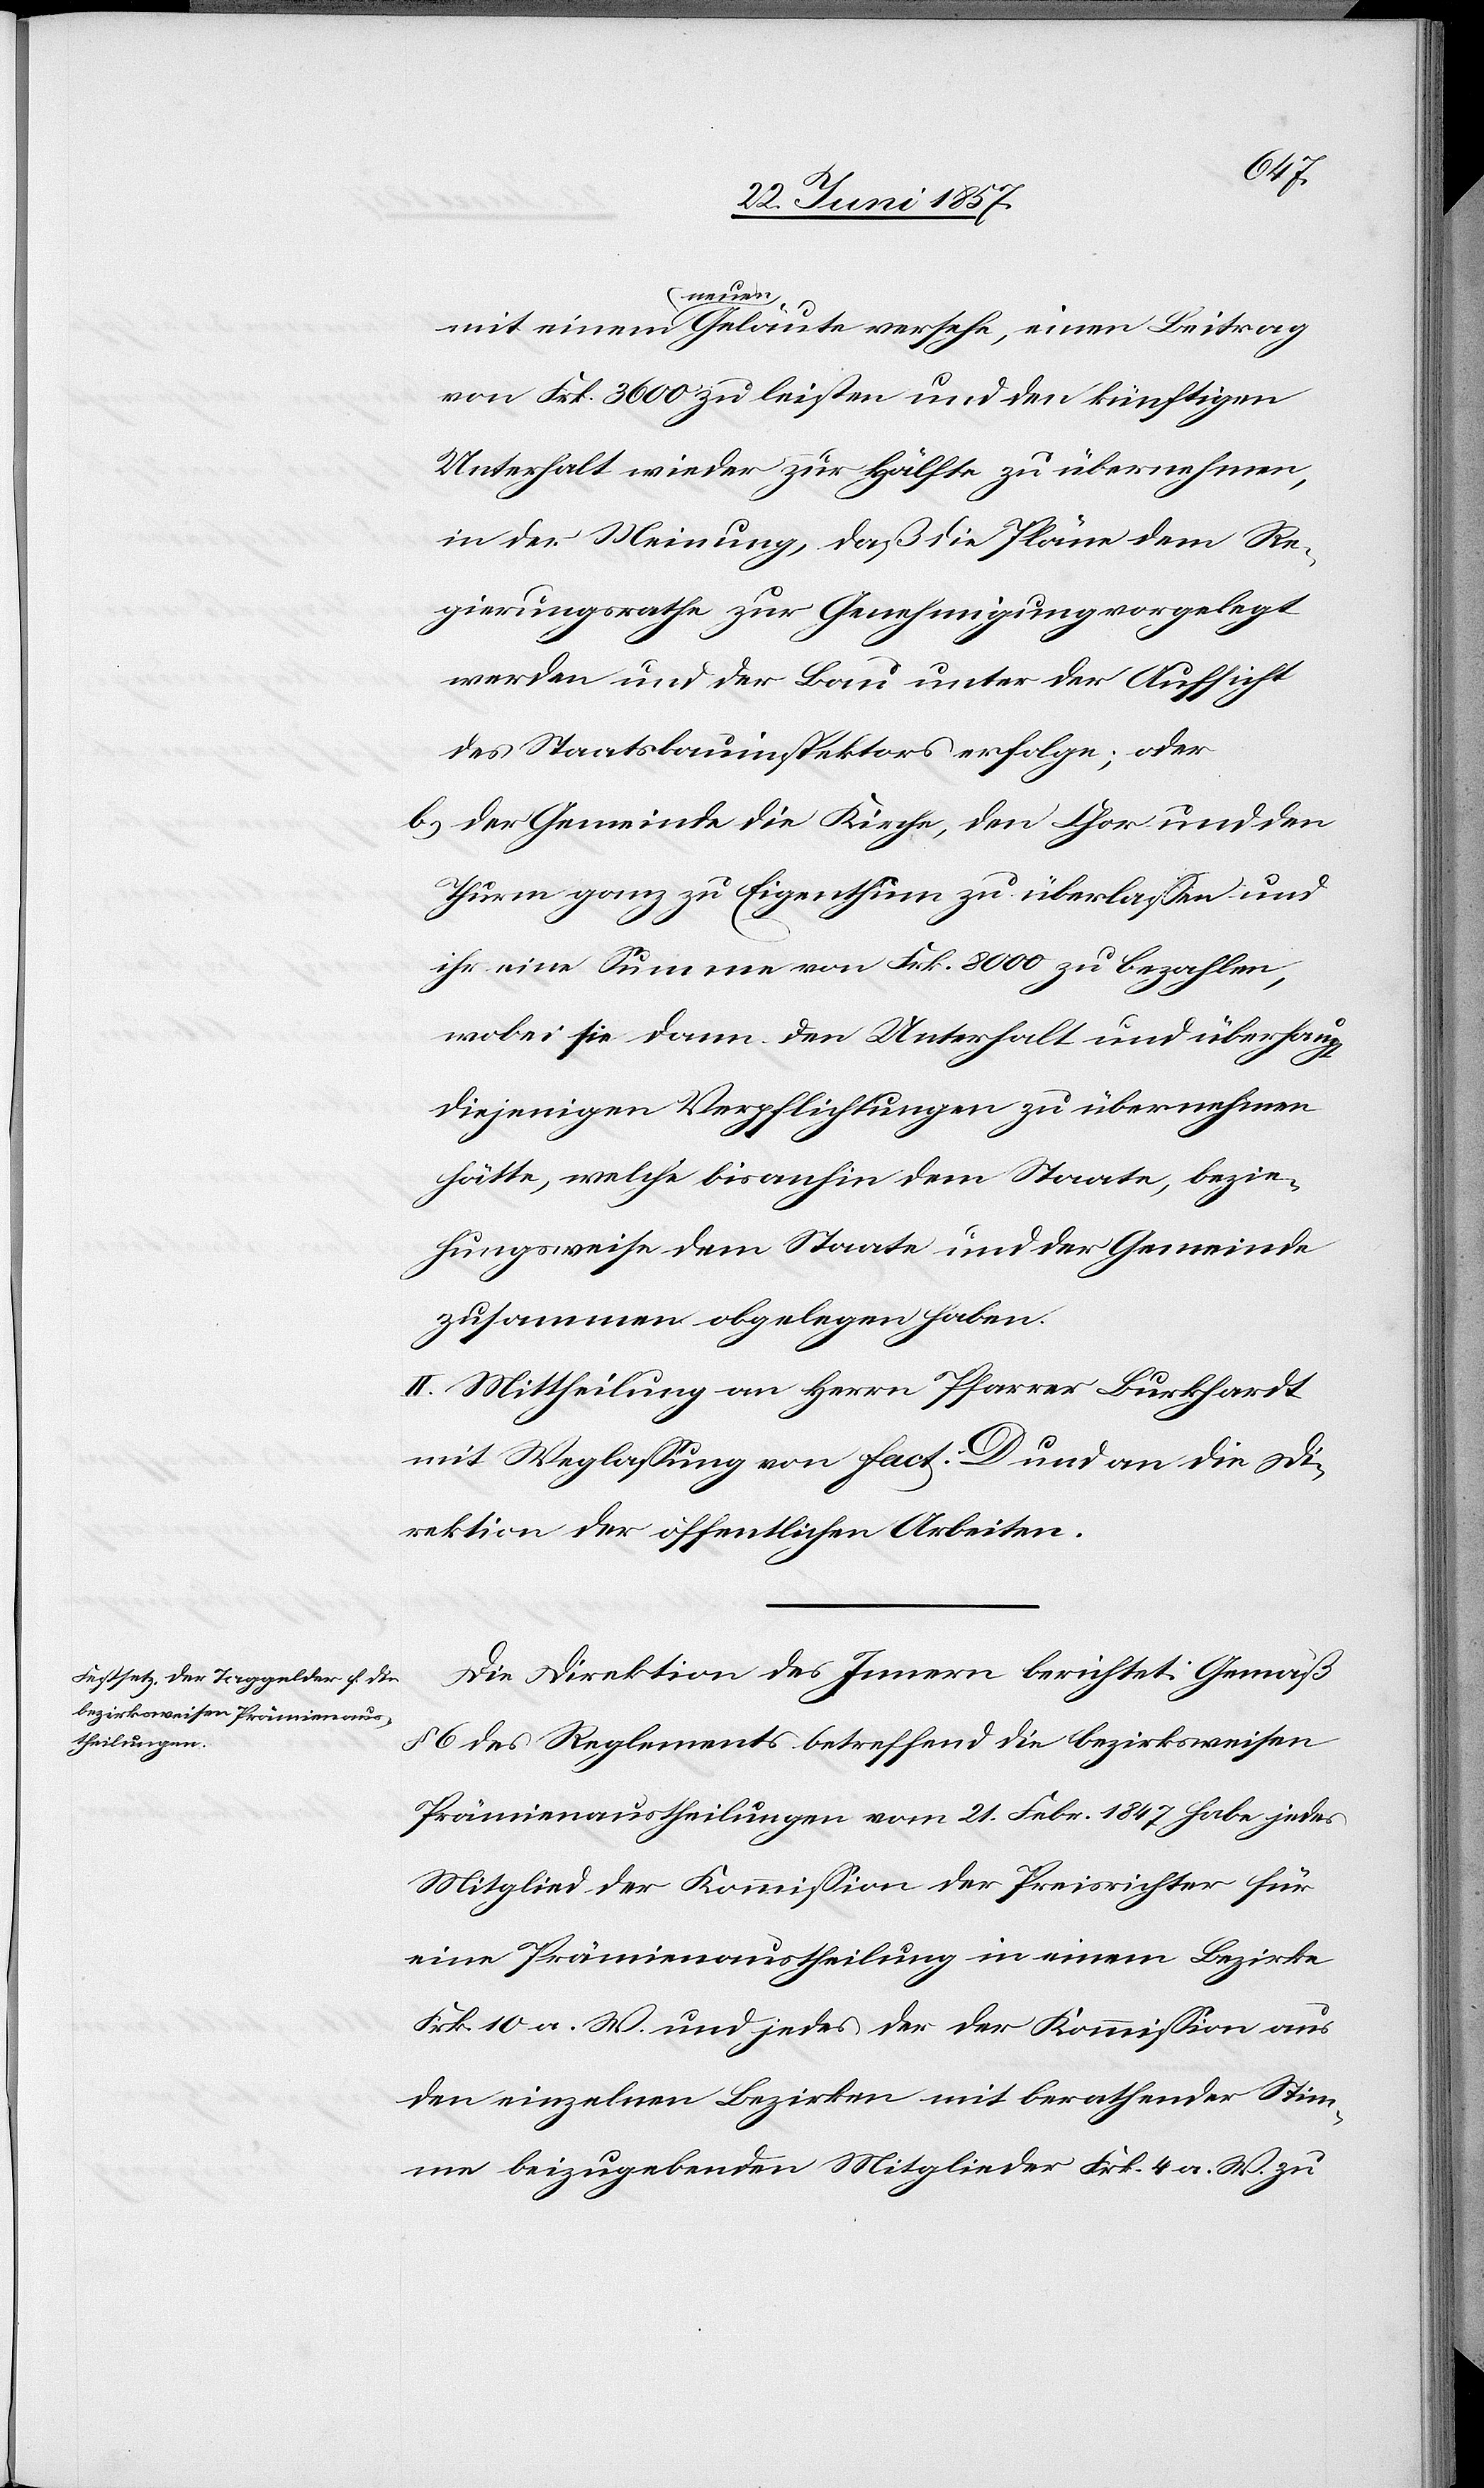
mit einem neuen Geläute versehe, einen Beitrag
von Frk. 3 600 zu leisten und den künftigen
Unterhalt wieder zur Hälfte zu übernehmen,
in der Meinung, daß die Pläne dem Re¬
gierungsrathe zur Genehmigung vorgelegt
werden und der Bau unter der Aufsicht
des Staatsbauinspektors erfolge; oder
b) der Gemeinde die Kirche, den Chor und den
Thurm ganz zu Eigenthum zu überlassen und
ihr eine Summe von Frk. 8 000 zu bezahlen,
wobei sie dann den Unterhalt und überhaupt
diejenigen Verpflichtungen zu übernehmen
hätte, welche bis anhin dem Staate, bezie¬
hungsweise dem Staate und der Gemeinde
zusammen obgelegen haben.
II. Mittheilung an Herrn Pfarrer Burkhardt
mit Weglassung von Fact. D und an die Di¬
rektion der öffentlichen Arbeiten.
Die Direktion des Innern berichtet: Gemäß
§ 6 des Reglements betreffend die bezirksweisen
Prämienaustheilungen vom 21 Febr. 1847 habe jedes
Mitglied der Kommission der Preisrichter für
eine Prämienaustheilung in einem Bezirke
Frk. 10 a. W. und jedes der der Kommission aus
den einzelnen Bezirken mit berathender Stim¬
me beizugebenden Mitglieder Frk 4 a. W. zu